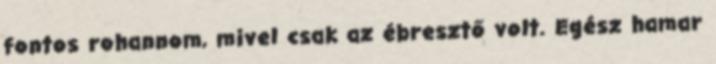
fontos rohannom, mivel csak az ébresztő volt. Egész hamar